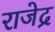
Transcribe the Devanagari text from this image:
राजेद्र